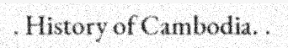
. History of Cambodia. .